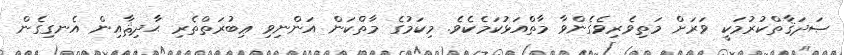
ޞަދަޤާތްކުރުމަކީ ވަރަށް މަތިވެރިވެގެންވާ މާތްއަޅުކަމެކެވެ. މިކަމުގެ މާތްކަން އަންނިވި ޢިބުރަތްތެރި ޙާދިޘާއިން އެނގިގެން